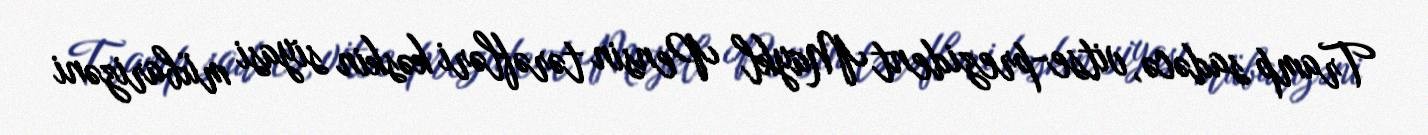
Tramp sadəcə, vitse-prezident Maykl Pensin tərəfləri kəskin siyasi mübarizəni